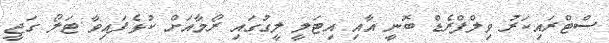
ސްޓްރައިކަރު ވިލްފްރެޑް ބޮނީ އާއި އިޓަލީ ލީގުގައި ރޯމާއަށް ކުޅެފައިވާ ޓަލޯ ގަޖީ